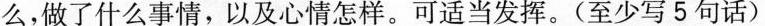
么，做了什么事情，以及心情怎样。可适当发挥。(至少写5句话)